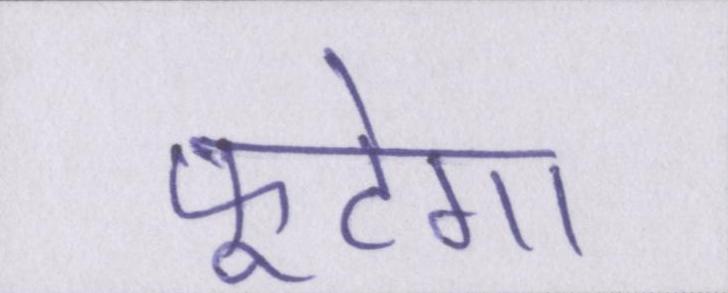
फूटेगा